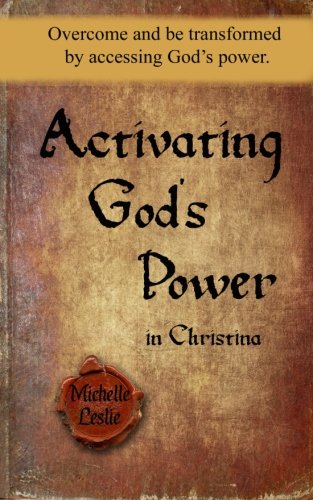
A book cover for Activating God's Power in Christina: Overcome and be transformed by accessing God's power.; Michelle Leslie; Christian Books & Bibles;